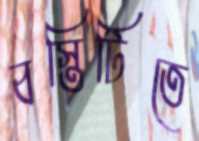
বস্তিটিতে